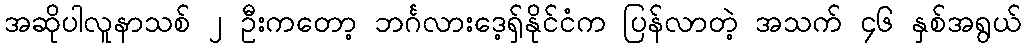
အဆိုပါလူနာသစ် ၂ ဦးကတော့ ဘင်္ဂလားဒေ့ရှ်နိုင်ငံက ပြန်လာတဲ့ အသက် ၄၆ နှစ်အရွယ်